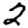
Digit: 2